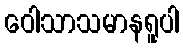
ဝေါသာသမာနရူပါ